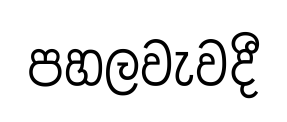
පහලවැවදී